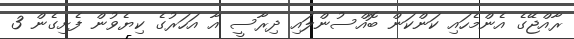
ރާއްޖޭގެ އެންމެހައި ކަންކަން ބޮއްސުންލައި ދިރާސީ އާ އަހަރުގެ ކިޔެވުން ފެށިގެން 3